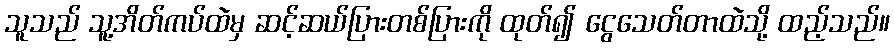
သူသည် သူ့အိတ်ကပ်ထဲမှ ဆင့်ဆယ်ပြားတစ်ပြားကို ထုတ်၍ ငွေသေတ်တာထဲသို့ ထည့်သည်။